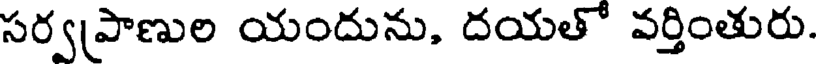
సర్వప్రాణుల యందును, దయతో వర్తింతురు.